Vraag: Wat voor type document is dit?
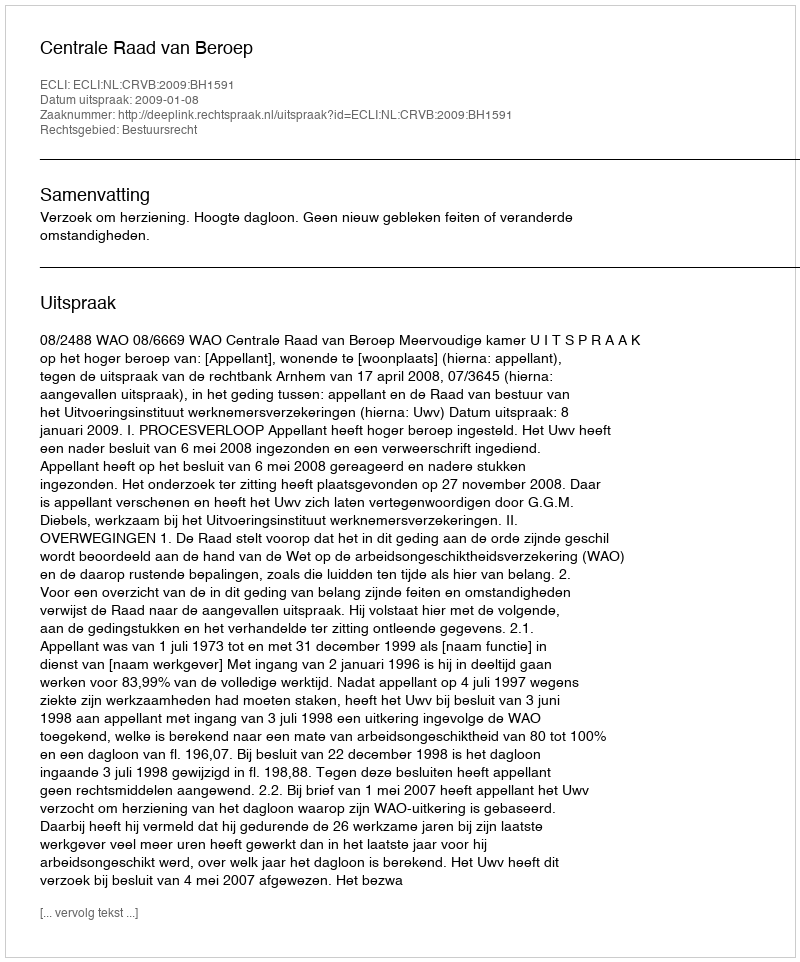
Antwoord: Uitspraak